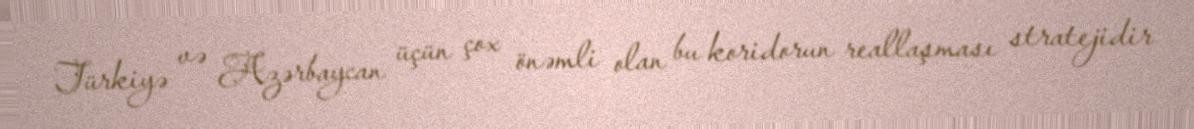
Türkiyə və Azərbaycan üçün çox önəmli olan bu koridorun reallaşması stratejidir